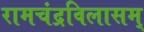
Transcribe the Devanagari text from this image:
रामचंद्रविलासम्